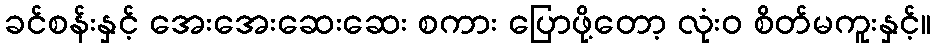
ခင်စန်းနှင့် အေးအေးဆေးဆေး စကား ပြောဖို့တော့ လုံးဝ စိတ်မကူးနှင့်။